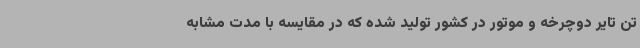
تن تایر دوچرخه و موتور در کشور تولید شده که در مقایسه با مدت مشابه